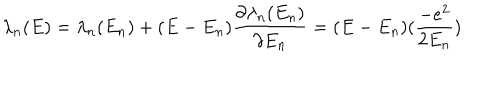
LaTeX: \lambda _ { n } ( E ) = \lambda _ { n } ( E _ { n } ) + ( E - E _ { n } ) \frac { \partial \lambda _ { n } ( E _ { n } ) } { \partial E _ { n } } = ( E - E _ { n } ) ( \frac { - e ^ { 2 } } { 2 E _ { n } } )